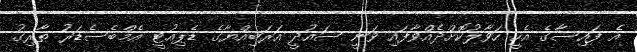
އެ ފައިސާގެ އެހީ ހަވާލުކޮށްދެއްވާފައި ވަނީ ސައުދީ އަރަބިއްޔާގެ ޑެޕިއުޓީ އެމްބެސެޑަރު ޠާރިގު